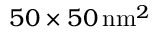
5 0 \times 5 0 \, \mathrm { n m } ^ { 2 }